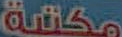
مكتبة